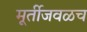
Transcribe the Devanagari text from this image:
मूर्तीजवळच